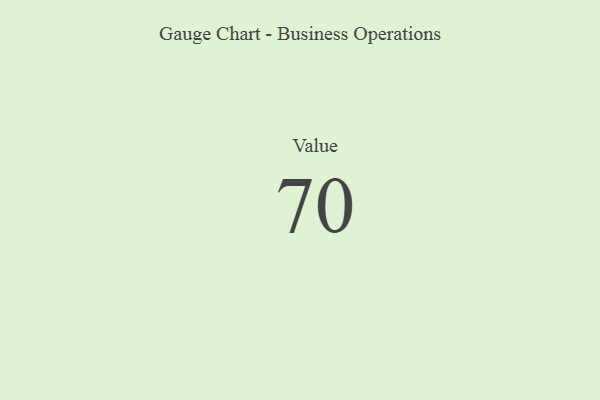
{"axis": {"x": "Metric", "y": "Value"}, "legend": [""], "data": [{"x": "Value", "y": 70, "type": ""}]}